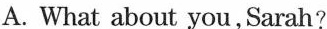
A. What about you,Sarah?